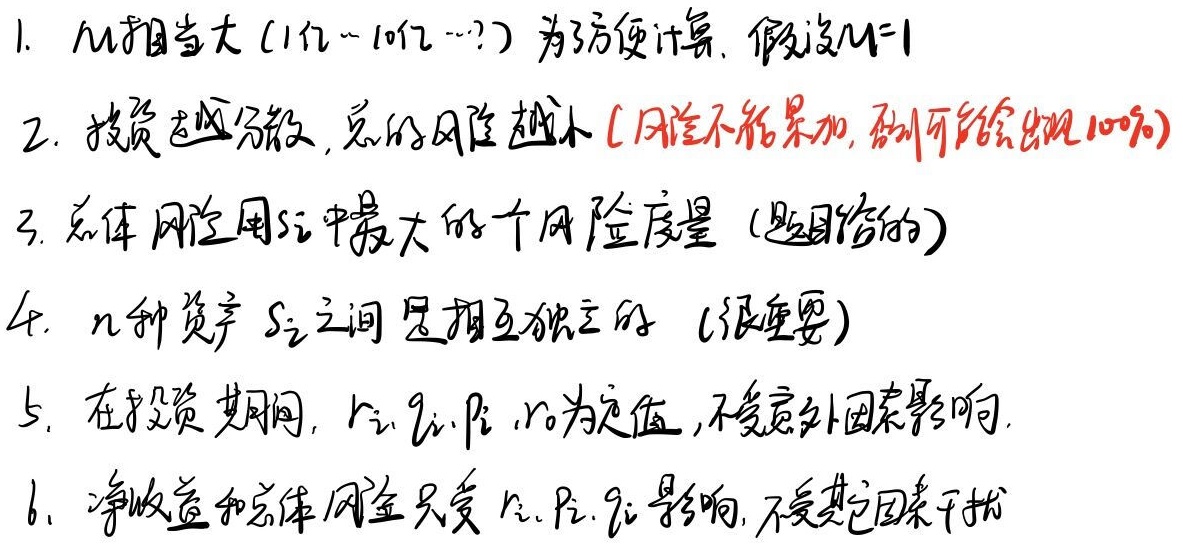
1. \(M\)相当大（1亿～10亿…？），为了方便计算，假设\(M = 1\)。
2. 投资越分散，总的风险越小（风险不能累加，否则可能会出现\(100\%\)）。
3. 总体风险用\(S_i\)中最大的一个风险度量（题目给的）。
4. \(n\)种资产 \(S_i\)之间是相互独立的（很重要）。
5. 在投资期间，\(r_i, q_i, p_i, r_0\)为定值，不受意外因素影响。
6. 净收益和总体风险只受\(r_i, p_i, q_i\)影响，不受其它因素干扰。